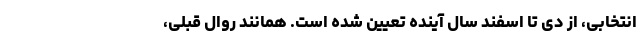
انتخابی، از دی تا اسفند سال آینده تعیین شده است. همانند روال قبلی،